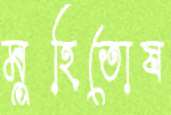
মুহিতোষ